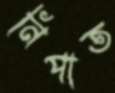
নিপাত